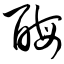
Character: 酶